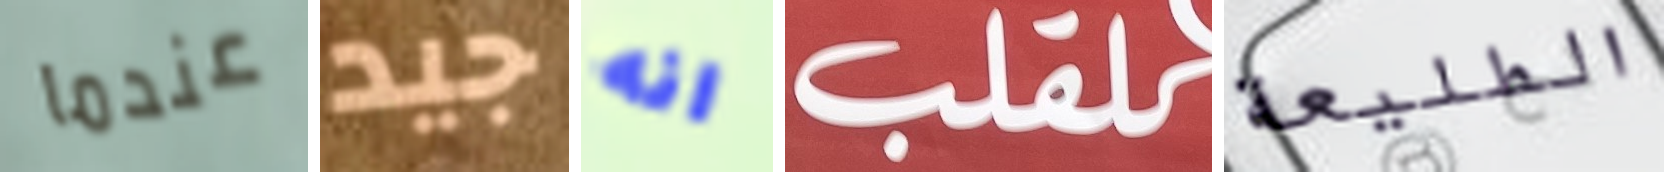
عندما جيد انه للقلب الطليعة